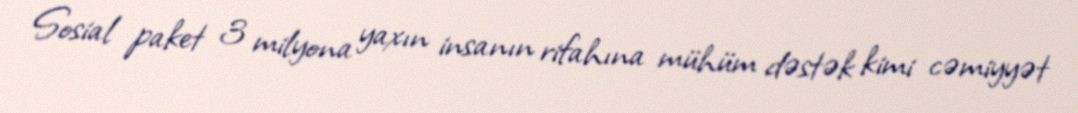
Sosial paket 3 milyona yaxın insanın rifahına mühüm dəstək kimi cəmiyyət